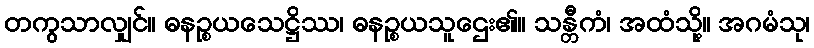
တကွသာလျှင်။ ဓနဉ္စယသေဋ္ဌိဿ၊ ဓနဉ္စယသူဌေး၏။ သန္တီကံ၊ အထံသို့။ အဂမံသု၊